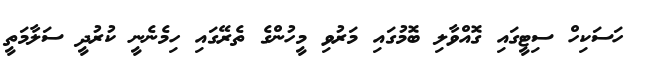
ހަސަކިހް ސިޓީގައި ގޮއްވާލި ބޮމުގައި މަރުވި މީހުންގެ ތެރޭގައި ހިމެނެނީ ކުރުދީ ސަލާމަތީ